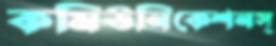
কমিউনিকেশনস্